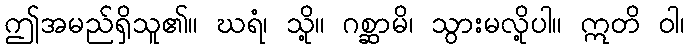
ဤအမည်ရှိသူ၏။ ဃရံ၊ သို့။ ဂစ္ဆာမိ၊ သွားမလို့ပါ။ ဣတိ ဝါ၊